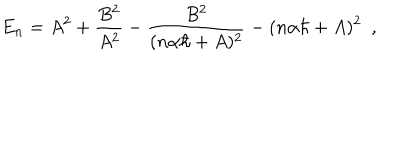
E _ { n } = A ^ { 2 } + \frac { B ^ { 2 } } { A ^ { 2 } } - \frac { B ^ { 2 } } { ( n \alpha \hbar + A ) ^ { 2 } } - ( n \alpha \hbar + A ) ^ { 2 } \, \, \, ,